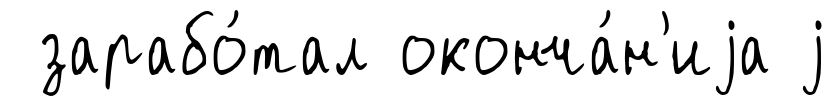
зарабо́тал оконча́н'иjа j